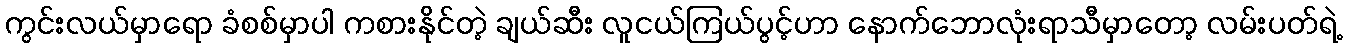
ကွင်းလယ်မှာရော ခံစစ်မှာပါ ကစားနိုင်တဲ့ ချယ်ဆီး လူငယ်ကြယ်ပွင့်ဟာ နောက်ဘောလုံးရာသီမှာတော့ လမ်းပတ်ရဲ့